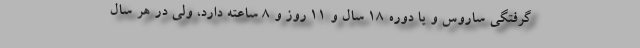
گرفتگی ساروس و یا دوره ۱۸ سال و ۱۱ روز و ۸ ساعته دارد، ولی در هر سال